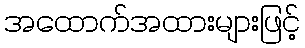
အထောက်အထားများဖြင့်